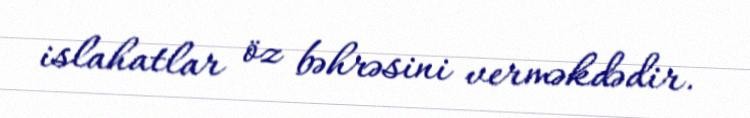
islahatlar öz bəhrəsini verməkdədir.